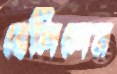
বেলিলেন